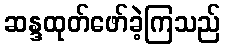
ဆန္ဒထုတ်ဖော်ခဲ့ကြသည်